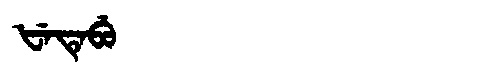
Manchu: ᡶᡝᡨᡝᠪᡠ
Romanization: FETEBU